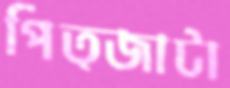
পিত্জাটা